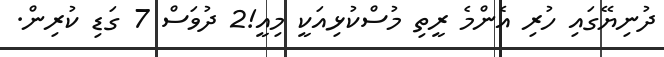
ދުނިޔޭގައި ހުރި އެންމެ ރީތި މުސްކުޅިއަކީ މިއީ!2 ދުވަސް 7 ގަޑި ކުރިން.